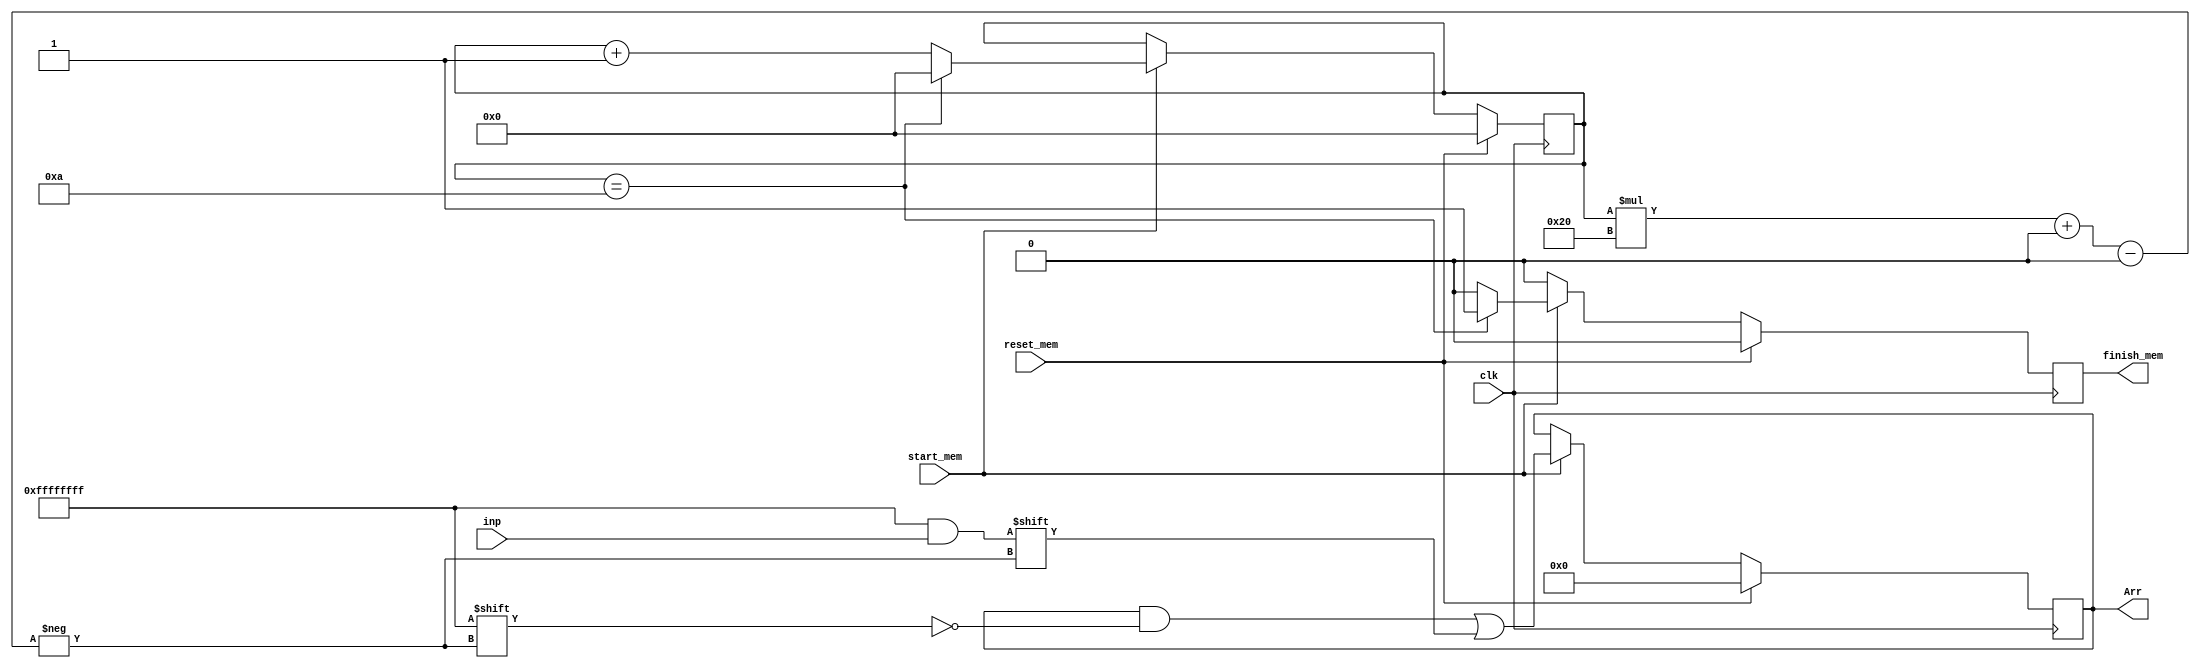
`timescale 1ns / 1ps
module memory#(parameter N = 23, M = 8, L = N+M+1, K = 10)(reset_mem, clk,
                                         start_mem, finish_mem, inp, Arr);
input start_mem, clk, reset_mem;
output reg finish_mem;
input [L-1:0] inp;
output reg [(L*K)-1:0] Arr;
reg [$clog2(K)-1:0]count = 0;
always @(negedge clk)
  begin 
    if(reset_mem)
      begin
        Arr <= 0;
        count <= 0;
        finish_mem <= 0;
      end
    else
    if(start_mem)
      begin
        Arr[(count*L)+: L] <= inp;
        count <= count + 1;
        if(count == K)
          begin
            finish_mem <= 1;
            count <= 0;
          end
        else finish_mem <= 0;
      end
    else finish_mem <= 0;
  end
endmodule